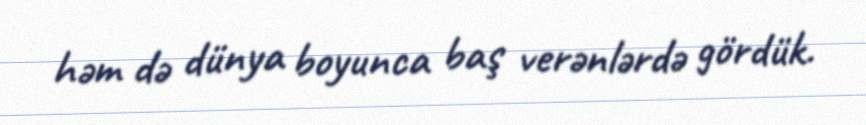
həm də dünya boyunca baş verənlərdə gördük.